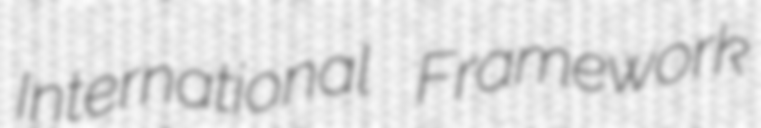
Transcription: International Framework